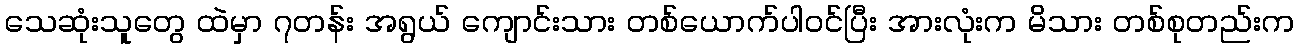
သေဆုံးသူတွေ ထဲမှာ ၇တန်း အရွယ် ကျောင်းသား တစ်ယောက်ပါဝင်ပြီး အားလုံးက မိသား တစ်စုတည်းက